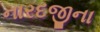
નારદજીના